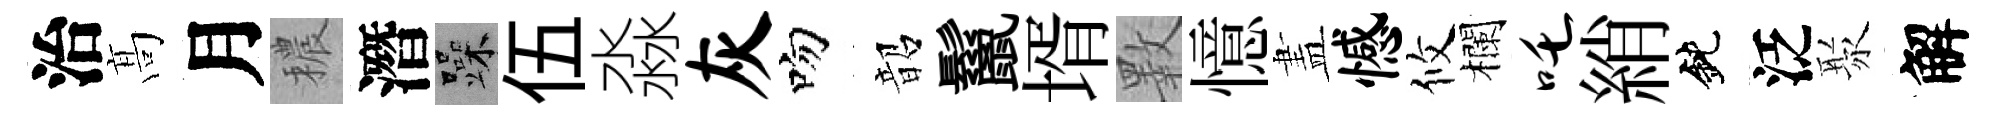
治髙月穠潛躁伍淼灰吻韶鬣壻斁憶𥁞憾攸欄吒綃鈍泛聚解